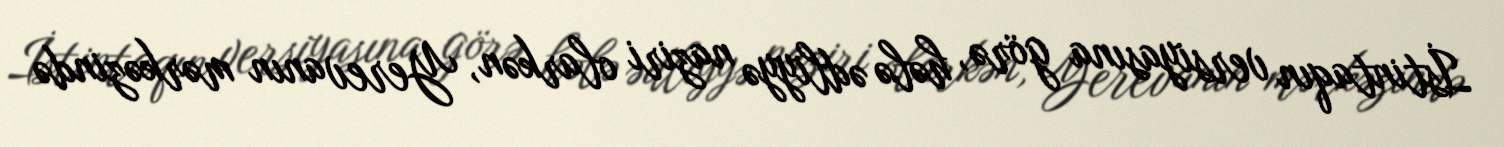
İstintaqın versiyasına görə, hələ ədliyyə naziri olarkən, Yerevanın mərkəzində